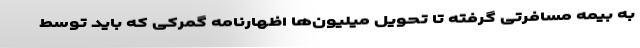
به بیمه مسافرتی گرفته تا تحویل میلیون‌ها اظهارنامه گمرکی که باید توسط